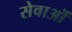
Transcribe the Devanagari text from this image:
सेवाऒं